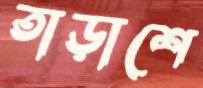
তাড়াশে